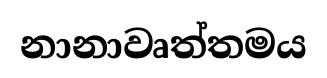
නානාවෘත්තමය